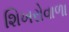
શિખરોવાળા